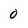
Character: 0